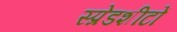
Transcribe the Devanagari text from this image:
स्प्रेडशीटों